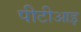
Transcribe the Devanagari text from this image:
पीटीआइ